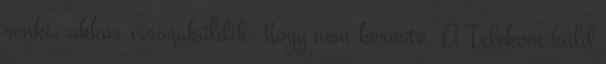
senki, akkor visszaküldik, hogy nem kereste. A Telekom küld